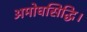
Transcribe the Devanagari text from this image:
अमोघसिद्धि।